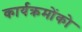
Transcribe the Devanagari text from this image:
कार्यक्रमोंको